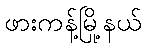
ဖားကန့်မြို့နယ်